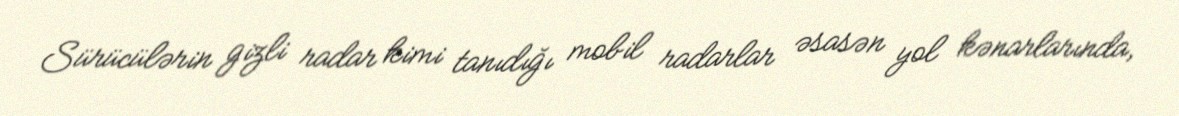
Sürücülərin gizli radar kimi tanıdığı mobil radarlar əsasən yol kənarlarında,